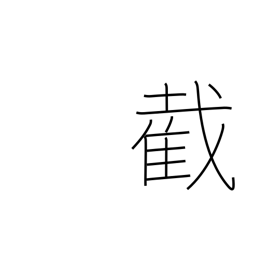
Meaning: sever